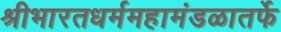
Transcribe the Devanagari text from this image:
श्रीभारतधर्ममहामंडळातर्फे